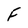
Character: F